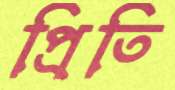
প্রিতি